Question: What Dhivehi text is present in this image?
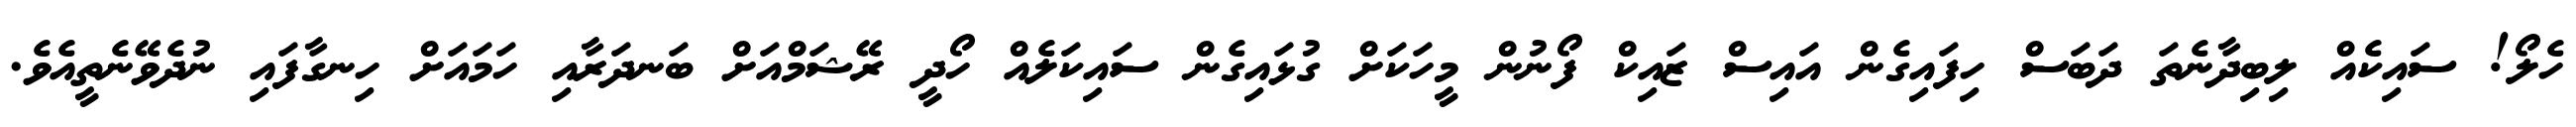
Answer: ހެލޯ! ސައިކެއް ލިބިދާނެތަ ދަބަސް ހިފައިގެން އައިސް ޒައިކް ފޯނުން މީހަކަށް ގުޅައިގެން ސައިކަލެއް ހޯދީ ރޭޝަމްއަށް ބަނދަރާއި ހަމައަށް ހިނގާފައި ނުދެވޭނެތީއެވެ.